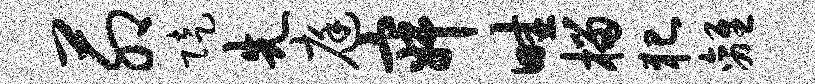
茆陡先庭寂畦榴犯离